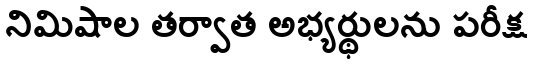
నిమిషాల తర్వాత అభ్యర్థులను పరీక్ష